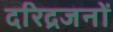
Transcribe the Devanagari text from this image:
दरिद्रजनों